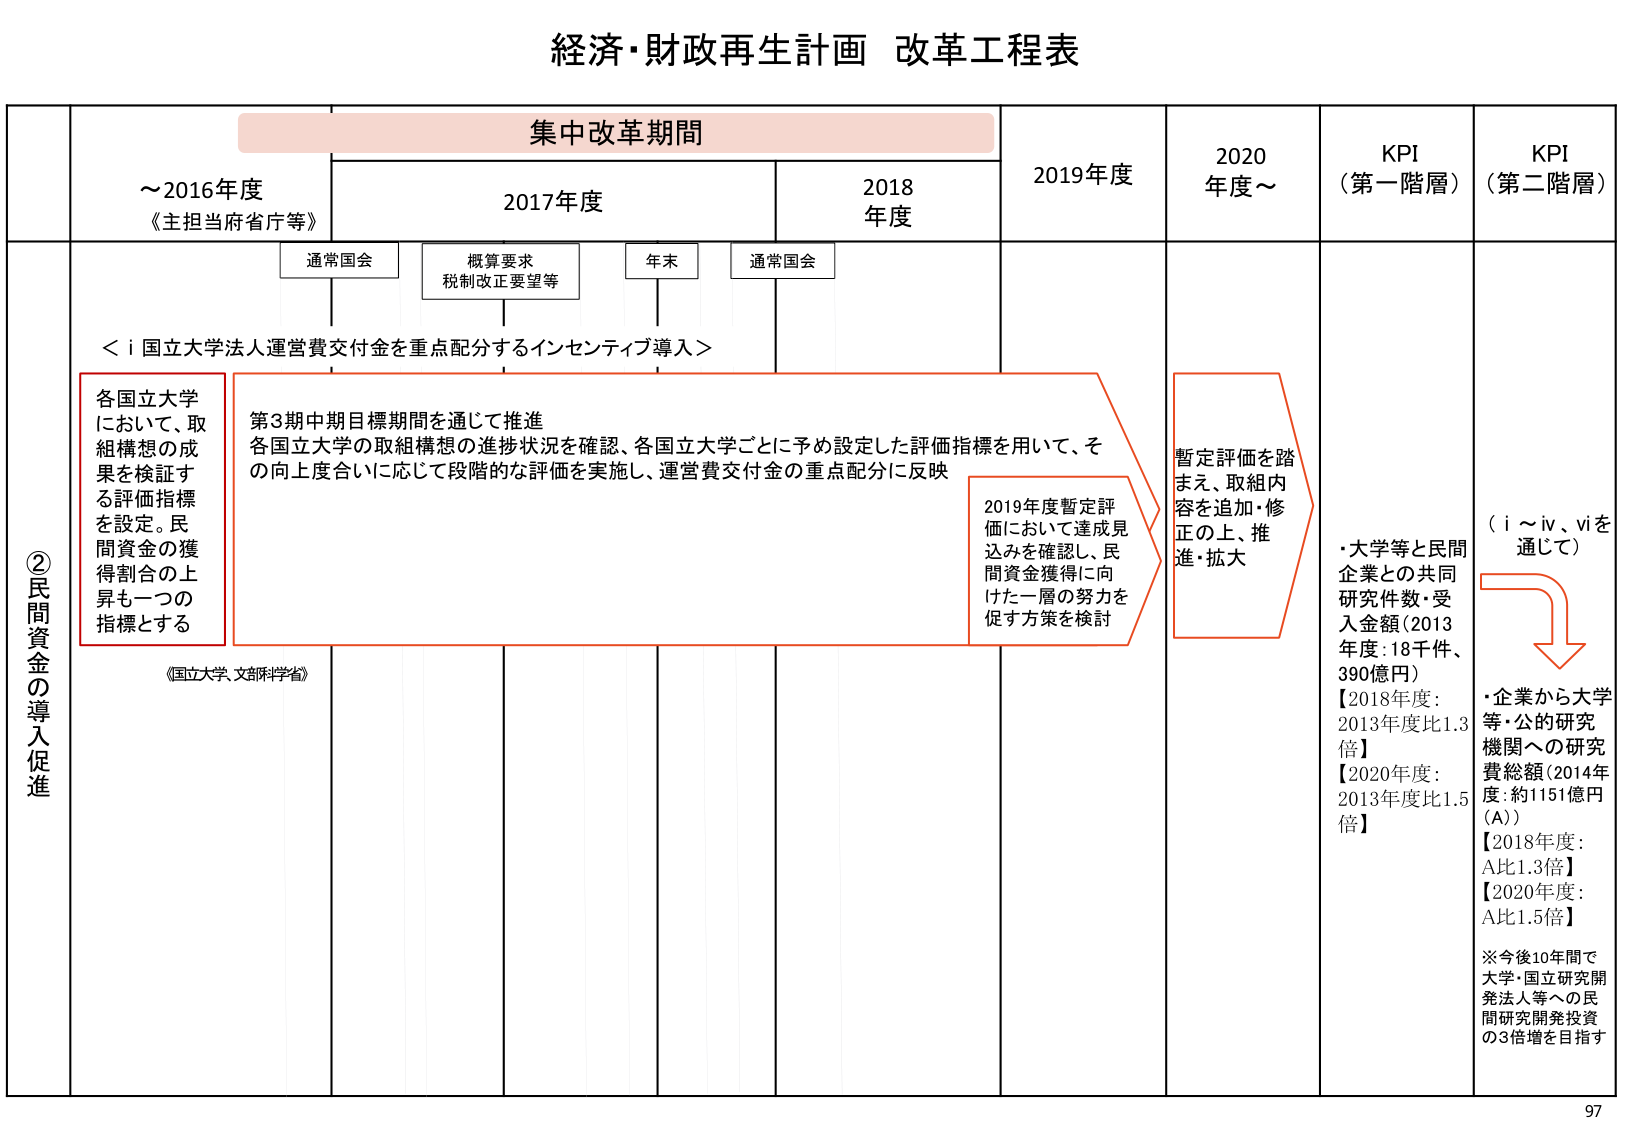
経済・財政再生計画 改革工程表

集中改革期間

～2016年度
《主担当府省庁等》

2017年度

2018年度

2019年度

2020年度～

KPI
（第一階層）

KPI
（第二階層）

通常国会

概算要求
税制改正要望等

年末

通常国会

＜i 国立大学法人運営費交付金を重点配分するインセンティブ導入＞

②民間資金の導入促進

各国立大学
において、取
組構想の成
果を検証す
る評価指標
を設定。民
間資金の獲
得割合の上
昇も一つの
指標とする

第3期中期目標期間を通じて推進
各国立大学の取組構想の進捗状況を確認、各国立大学ごとに予め設定した評価指標を用いて、そ
の向上度合いに応じて段階的な評価を実施し、運営費交付金の重点配分に反映

2019年度暫定評
価において達成見
込みを確認し、民
間資金獲得に向
けた一層の努力を
促す方策を検討

暫定評価を踏
まえ、取組内
容を追加・修
正の上、推
進・拡大

《国立大学、文部科学省》

・大学等と民間
企業との共同
研究件数・受
入金額（2013
年度：18千件、
390億円）
【2018年度：
2013年度比1.3
倍】
【2020年度：
2013年度比1.5
倍】

（i～ⅳ、ⅵを
通じて）

・企業から大学
等・公的研究
機関への研究
費総額（2014年
度：約1151億円
（A））
【2018年度：
A比1.3倍】
【2020年度：
A比1.5倍】

※今後10年間で
大学・国立研究開
発法人等への民
間研究開発投資
の3倍増を目指す

97